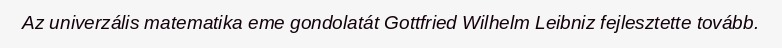
Az univerzális matematika eme gondolatát Gottfried Wilhelm Leibniz fejlesztette tovább.